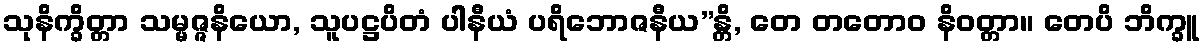
သုနိက္ခိတ္တာ သမ္မဇ္ဇနိယော, သူပဋ္ဌပိတံ ပါနီယံ ပရိဘောဇနီယ”န္တိ, တေ တတောဝ နိဝတ္တာ။ တေပိ ဘိက္ခူ